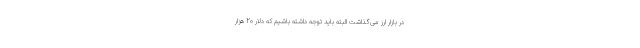
در بازار ارز می‌گذاشت البته باید توجه داشته باشیم که دلار 20 هزار